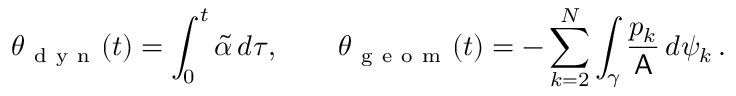
\theta _ { \mathrm { ~ d ~ y ~ n ~ } } ( t ) = \int _ { 0 } ^ { t } \widetilde { \alpha } \, d \tau , \qquad \theta _ { \mathrm { ~ g ~ e ~ o ~ m ~ } } ( t ) = - \sum _ { k = 2 } ^ { N } \int _ { \gamma } \frac { p _ { k } } { \mathsf { A } } \, d \psi _ { k } \, .